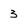
Character: 3